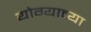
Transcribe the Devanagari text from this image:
योग्याच्या